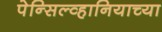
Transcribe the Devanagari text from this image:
पेन्सिल्व्हानियाच्या